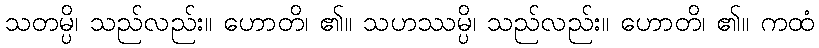
သတမ္ပိ၊ သည်လည်း။ ဟောတိ၊ ၏။ သဟဿမ္ပိ၊ သည်လည်း။ ဟောတိ၊ ၏။ ကထံ